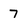
Character: 7